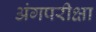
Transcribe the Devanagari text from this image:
अंगपरीक्षा